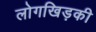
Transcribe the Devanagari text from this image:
लोगखिड़की